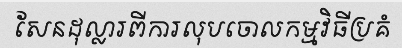
សែនដុល្លារពីការលុបចោលកម្មវិធីប្រគំ